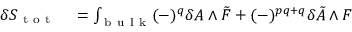
\begin{array} { r l } { \delta S _ { \mathrm { ~ t ~ o ~ t ~ } } } & { { } = \int _ { \mathrm { ~ b ~ u ~ l ~ k ~ } } ( - ) ^ { q } \delta A \wedge \tilde { F } + ( - ) ^ { p q + q } \delta \tilde { A } \wedge F } \end{array}